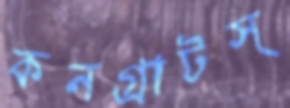
কনগ্রাটস্